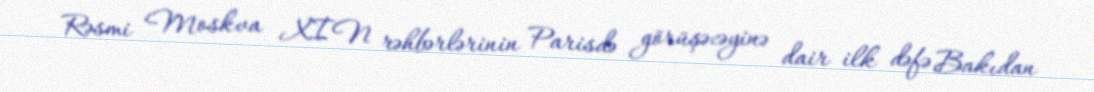
Rəsmi Moskva XİN rəhbərlərinin Parisdə görüşəcəyinə dair ilk dəfə Bakıdan